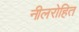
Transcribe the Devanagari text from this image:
नीलरोहित